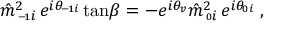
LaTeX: \hat { m } ^ { 2 } \! \! _ { { \scriptscriptstyle \mathrm { - } \! 1 } i } \, e ^ { i \theta \! _ { { \scriptscriptstyle \mathrm { - } \! 1 } i } } \tan \! \beta = - e ^ { i \theta \! _ { v } } \hat { m } ^ { 2 } \! \! _ { { \scriptscriptstyle 0 } i } \, e ^ { i \theta \! _ { { \scriptscriptstyle 0 } i } } \; ,